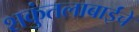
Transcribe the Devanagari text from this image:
शकुंतलाबाईंचे